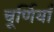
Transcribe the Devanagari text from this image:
चूर्णियाँ